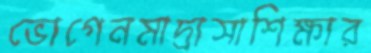
ভোগেনমাদ্রাসাশিক্ষার